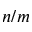
n / m